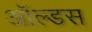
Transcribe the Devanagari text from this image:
ऑल्डस